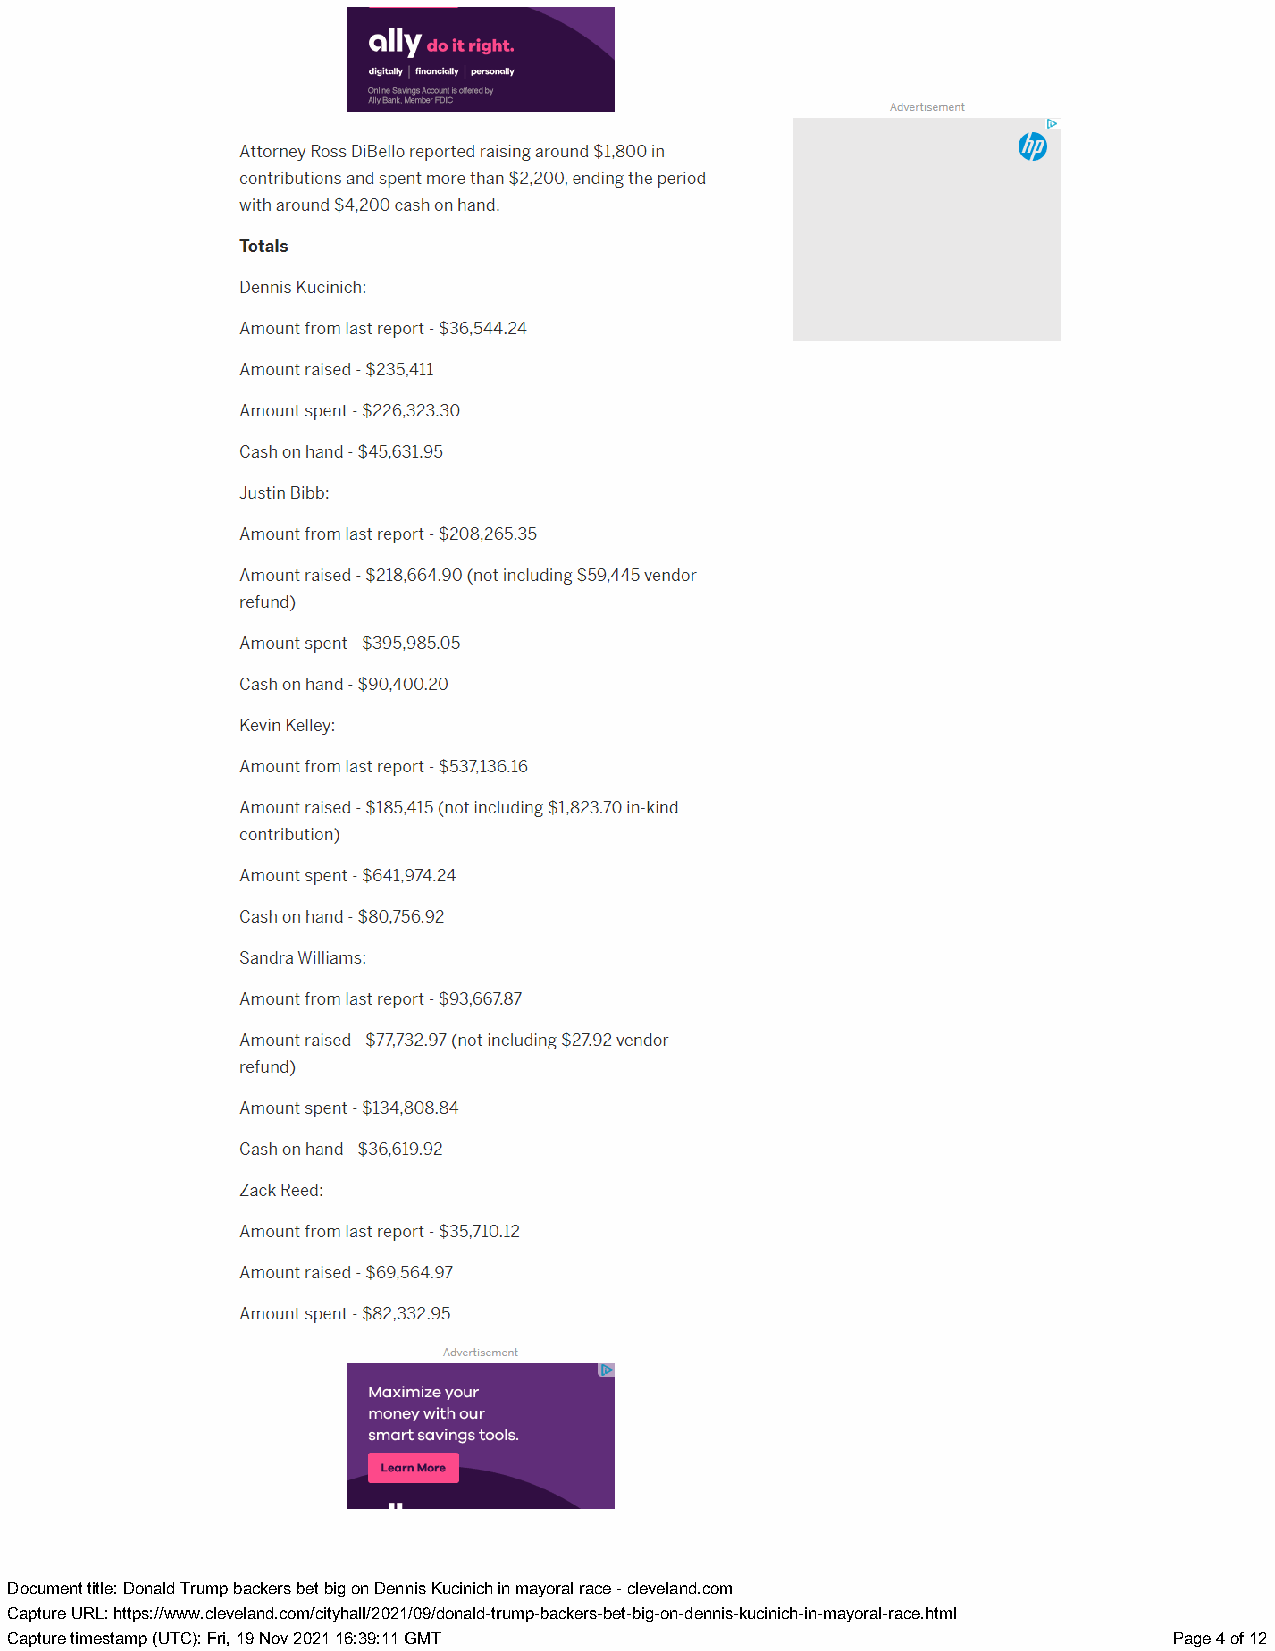
11)Y,
 digitally | financially | personally
 Attorney Ross DiBello reported raising around $1,800 in (1p)
 contributions and spent more than $2,200, ending the period
 with around $4,200 cash on hand.
 Totals
 Dennis Kucinich:
 Amount from last report - $36,544.24
 Amount raised - $235,411
 Amount spent - $226,323.30
 Cash on hand - $45,631.95
 Justin Bibb:
 Amount from last report - $208,265.35
 Amount raised - $218,664.90 (not including $59,445 vendor
 refund)
 Amount spent - $395,985.05
 Cash on hand - $90,400.20
 Kevin Kelley:
 Amount from last report - $537,136.16
 Amount raised - $185,415 (not including $1,823.70 in-kind
 contribution)
 Amount spent - $641,974.24
 Cash on hand - $80,756.92
 Sandra Williams:
 Amount from last report - $93,667.87
 Amount raised - $77,732.97 (not including $27.92 vendor
 refund)
 Amount spent - $134,808.84
 Cash on hand - $36,619.92
 Zack Reed:
 Amount from last report - $35,710.12
 Amount raised - $69,564.97
 Amount spent - $82,332.95
 Maximize your
 money with our
 (gle [go \Vi [oT Ih (oTol[3
 DDooccuummenetn t ttiittllee: : DDoonnaladld TTrruummpp bbaacckkeersrs bbeet t bbiigg oonn DDeennninsis KKuuccininiicchh iinn mmaayoyroarla l rraaccee -- cclleevveellaanndd..ccoomm
 CCaapptuturere UURRL:L : hhttttppss::///w/wwwww..cclleevveellaanndd..ccoomm/c/ciittyyhhaallll//22002211//0099//ddoonnaalldd--ttrruummpp--bbaackcekresr-sb-ebte-tb-bigig--oonn-d-denenninsi-sk-ukcuicniincichh-i-inn--mmayaoyroarla-lr-aracce.eh.htmtml l
 CCaapptuturere ttiimmeessttaammpp ((UUTTCC):) : FFrir,i , 1199 NNoovv 2200221 1 1166::3399::111 1 GGMMTT PPaaggee 44 ooff 1122